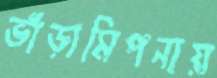
ভাঁড়ামিপনায়